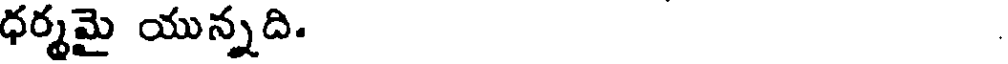
ధర్మమై యున్నది.